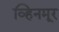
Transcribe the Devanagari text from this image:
व्हिनमूर